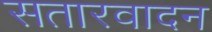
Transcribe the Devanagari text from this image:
सतारवादन